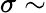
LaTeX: \sigma\sim